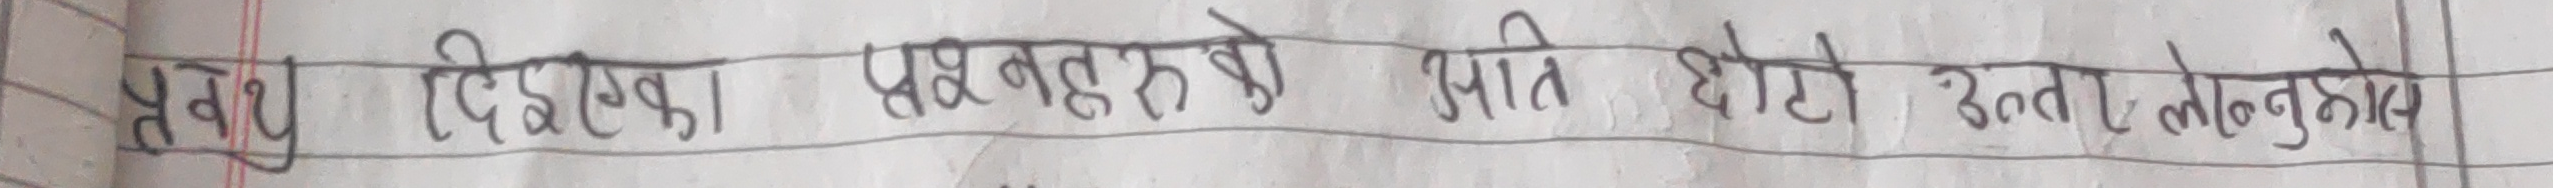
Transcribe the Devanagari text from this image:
प्रश्न दिएका प्रश्नहरुको अति छोटो उत्तर लेख्नुहोस्